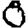
Digit: 0